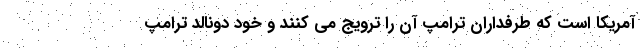
آمریکا است که طرفداران ترامپ آن را ترویج می کنند و خود دونالد ترامپ